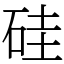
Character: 硅